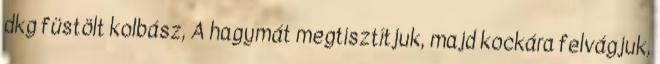
dkg füstölt kolbász, A hagymát megtisztítjuk, majd kockára felvágjuk,